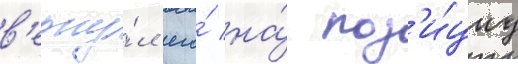
в'ерну́л его́ на́ поз'и́циу